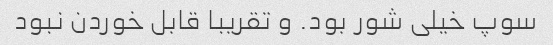
سوپ خیلی شور بود. و تقریبا قابل خوردن نبود